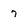
Character: 7